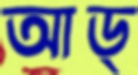
আড্